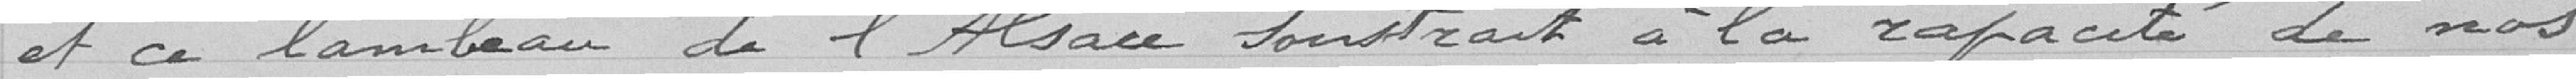
et ce lambeau de l'Alsace soustrait à la rapacité de  nos